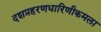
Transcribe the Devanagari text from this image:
दशप्रहरणधारिणीकमला